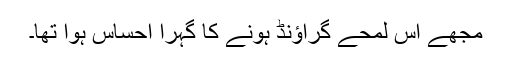
مجھے اس لمحے گراؤنڈ ہونے کا گہرا احساس ہوا تھا۔